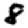
Digit: 8